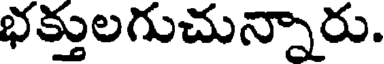
భక్తులగుచున్నారు.